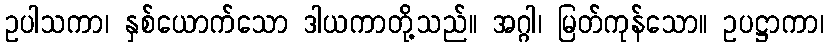
ဥပါသကာ၊ နှစ်ယောက်သော ဒါယကာတို့သည်။ အဂ္ဂါ၊ မြတ်ကုန်သော။ ဥပဋ္ဌာကာ၊